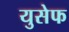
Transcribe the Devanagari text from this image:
युसेफ